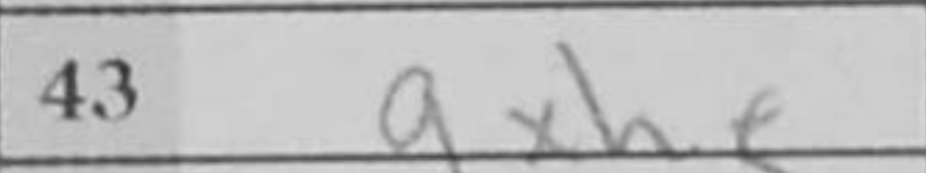
Transcription: gxh5